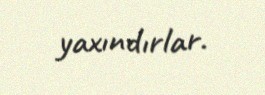
yaxındırlar.